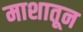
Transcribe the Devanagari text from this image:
माशातून